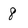
Character: 8